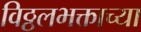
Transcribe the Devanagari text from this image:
विठ्ठलभक्ताच्या